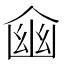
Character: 𠋔